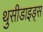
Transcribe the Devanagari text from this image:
थुसीडाइड्स